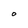
Character: O